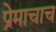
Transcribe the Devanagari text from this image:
प्रेमाचाच